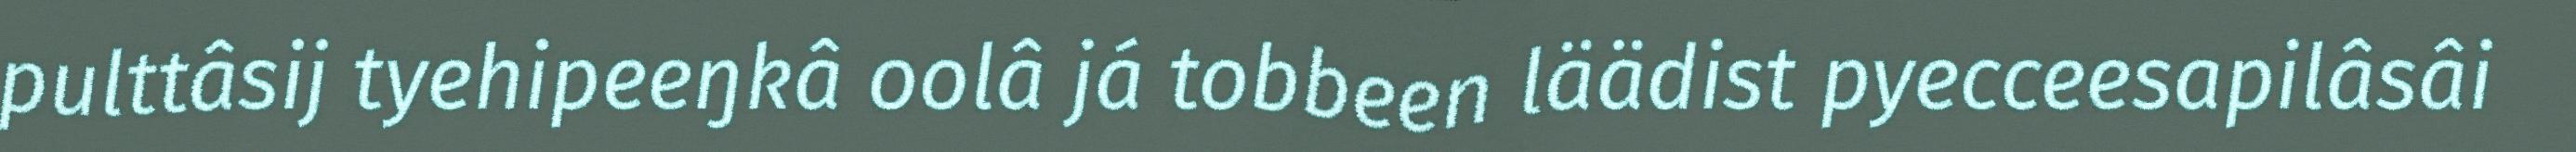
pulttâsij tyehipeeŋkâ oolâ já tobbeen läädist pyecceesapilâsâi